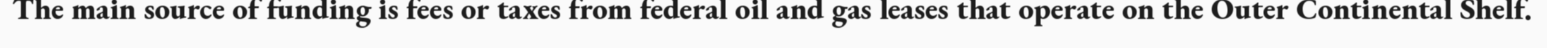
The main source of funding is fees or taxes from federal oil and gas leases that operate on the Outer Continental Shelf.